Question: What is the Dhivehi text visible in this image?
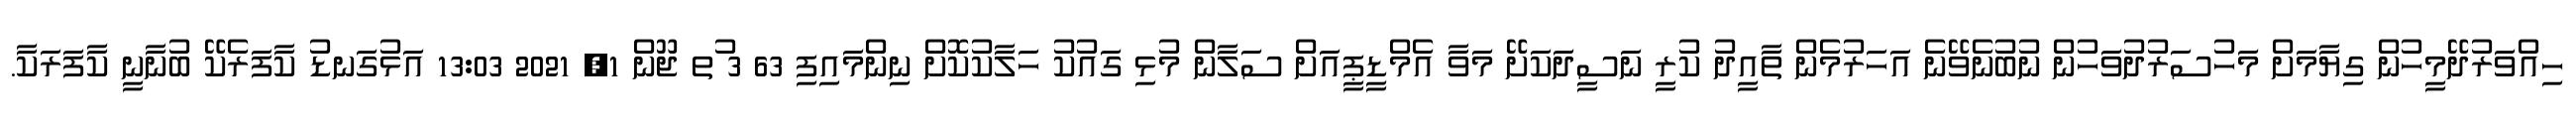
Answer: ހިއްވަރުދޭމީހުން ގިޔާމަށް މަހުސަރުދުވަހުން ނުބުނެވޭނެ އަހަރުމެން ތާއީދު ކުރީ ނަސީދަކަށޭ މަވާ އެމްޑީޕީއަށް ސަލާން މުޅި ގައުކު ހަލާކުކޮށް ނިންމައިފި 63 3 ުތ ޖޫން 1, 2021 13:03 އަޅުގަނޑު ކާފަރެކޭ ބުނާނީ ކާފަރަކާ.